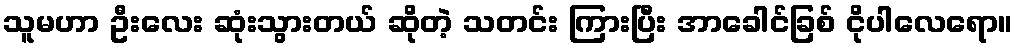
သူမဟာ ဦးလေး ဆုံးသွားတယ် ဆိုတဲ့ သတင်း ကြားပြီး အာခေါင်ခြစ် ငိုပါလေရော။